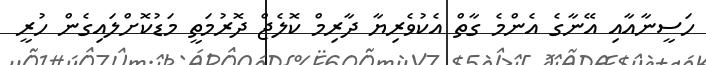
ހަސީނާއާއި އޭނާގެ އެންމެ ގާތް އެކުވެރިޔާ ދާރިމް ކޮލެޖް ދޮރުމަތީ މަޑުކޮށްލައިގެން ހުރީ